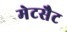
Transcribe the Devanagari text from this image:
मेटसैट